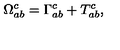
\Omega _ { a b } ^ { c } = \Gamma _ { a b } ^ { c } + T _ { a b } ^ { c } ,